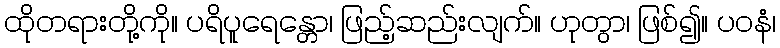
ထိုတရားတို့ကို။ ပရိပူရေန္တော၊ ဖြည့်ဆည်းလျက်။ ဟုတွာ၊ ဖြစ်၍။ ပဝနံ၊